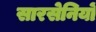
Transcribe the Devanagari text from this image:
सारसेनियों